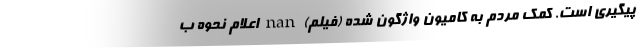
پیگیری است. کمک مردم به کامیون واژگون شده (فیلم) nan اعلام نحوه ب